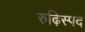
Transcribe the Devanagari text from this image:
रुढ़िस्पद